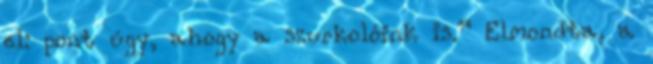
el: pont úgy, ahogy a szurkolóink is.” Elmondta, a